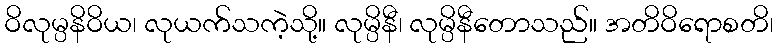
ဝိလုမ္ပနိဝိယ၊ လုယက်သကဲ့သို့။ လုမ္ပိနီ၊ လုမ္ပိနီတောသည်။ အတိဝိရောစတိ၊